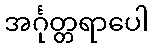
အင်္ဂုတ္တရာပေါ